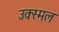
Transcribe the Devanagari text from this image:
उक्स्मल